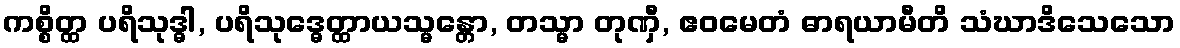
ကစ္စိတ္ထ ပရိသုဒ္ဓါ, ပရိသုဒ္ဓေတ္ထာယသ္မန္တော, တသ္မာ တုဏှီ, ဧဝမေတံ ဓာရယာမီတိ သံဃာဒိသေသော